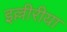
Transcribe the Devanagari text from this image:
इल्लीरीया